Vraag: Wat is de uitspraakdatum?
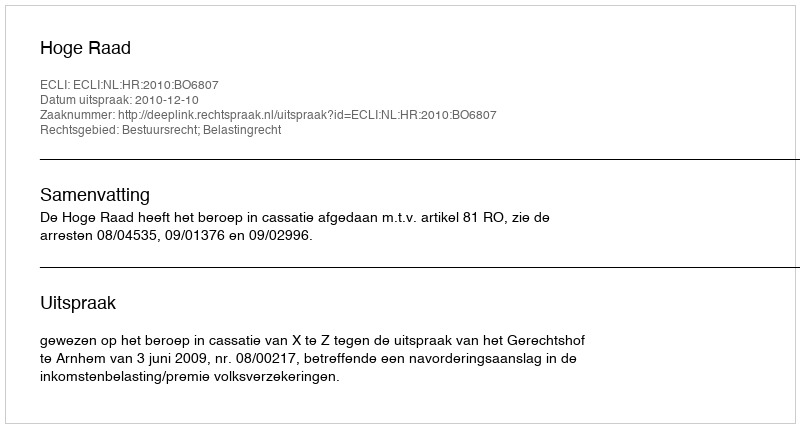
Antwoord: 2010-12-10